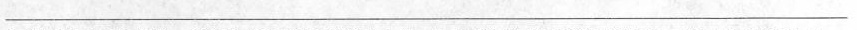
___